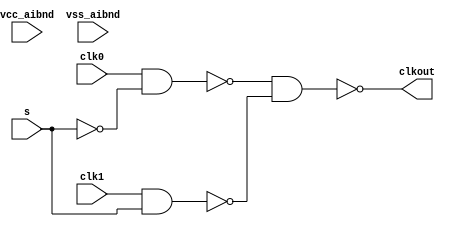
// SPDX-License-Identifier: Apache-2.0
// Copyright (C) 2019 Intel Corporation. 
// Library - aibnd_lib, Cell - aibnd_dcc_mux, View - schematic
// LAST TIME SAVED: Mar 27 14:37:40 2015
// NETLIST TIME: May 12 17:53:11 2015
// `timescale 1ns / 1ns 

module aibnd_dcc_mux ( clkout, clk0, clk1, s, vcc_aibnd, vss_aibnd );

output  clkout;

input  clk0, clk1, s, vcc_aibnd, vss_aibnd;

wire net011, s, net013, clk1, net012, clk0, clkout; // Conversion Sript Generated


// specify 
//     specparam CDS_LIBNAME  = "aibnd_lib";
//     specparam CDS_CELLNAME = "aibnd_dcc_mux";
//     specparam CDS_VIEWNAME = "schematic";
// endspecify

assign net011 = !s;
assign net013 = !(clk1 & s);
assign net012 = !(clk0 & net011);
assign clkout = !(net012 & net013);

endmodule